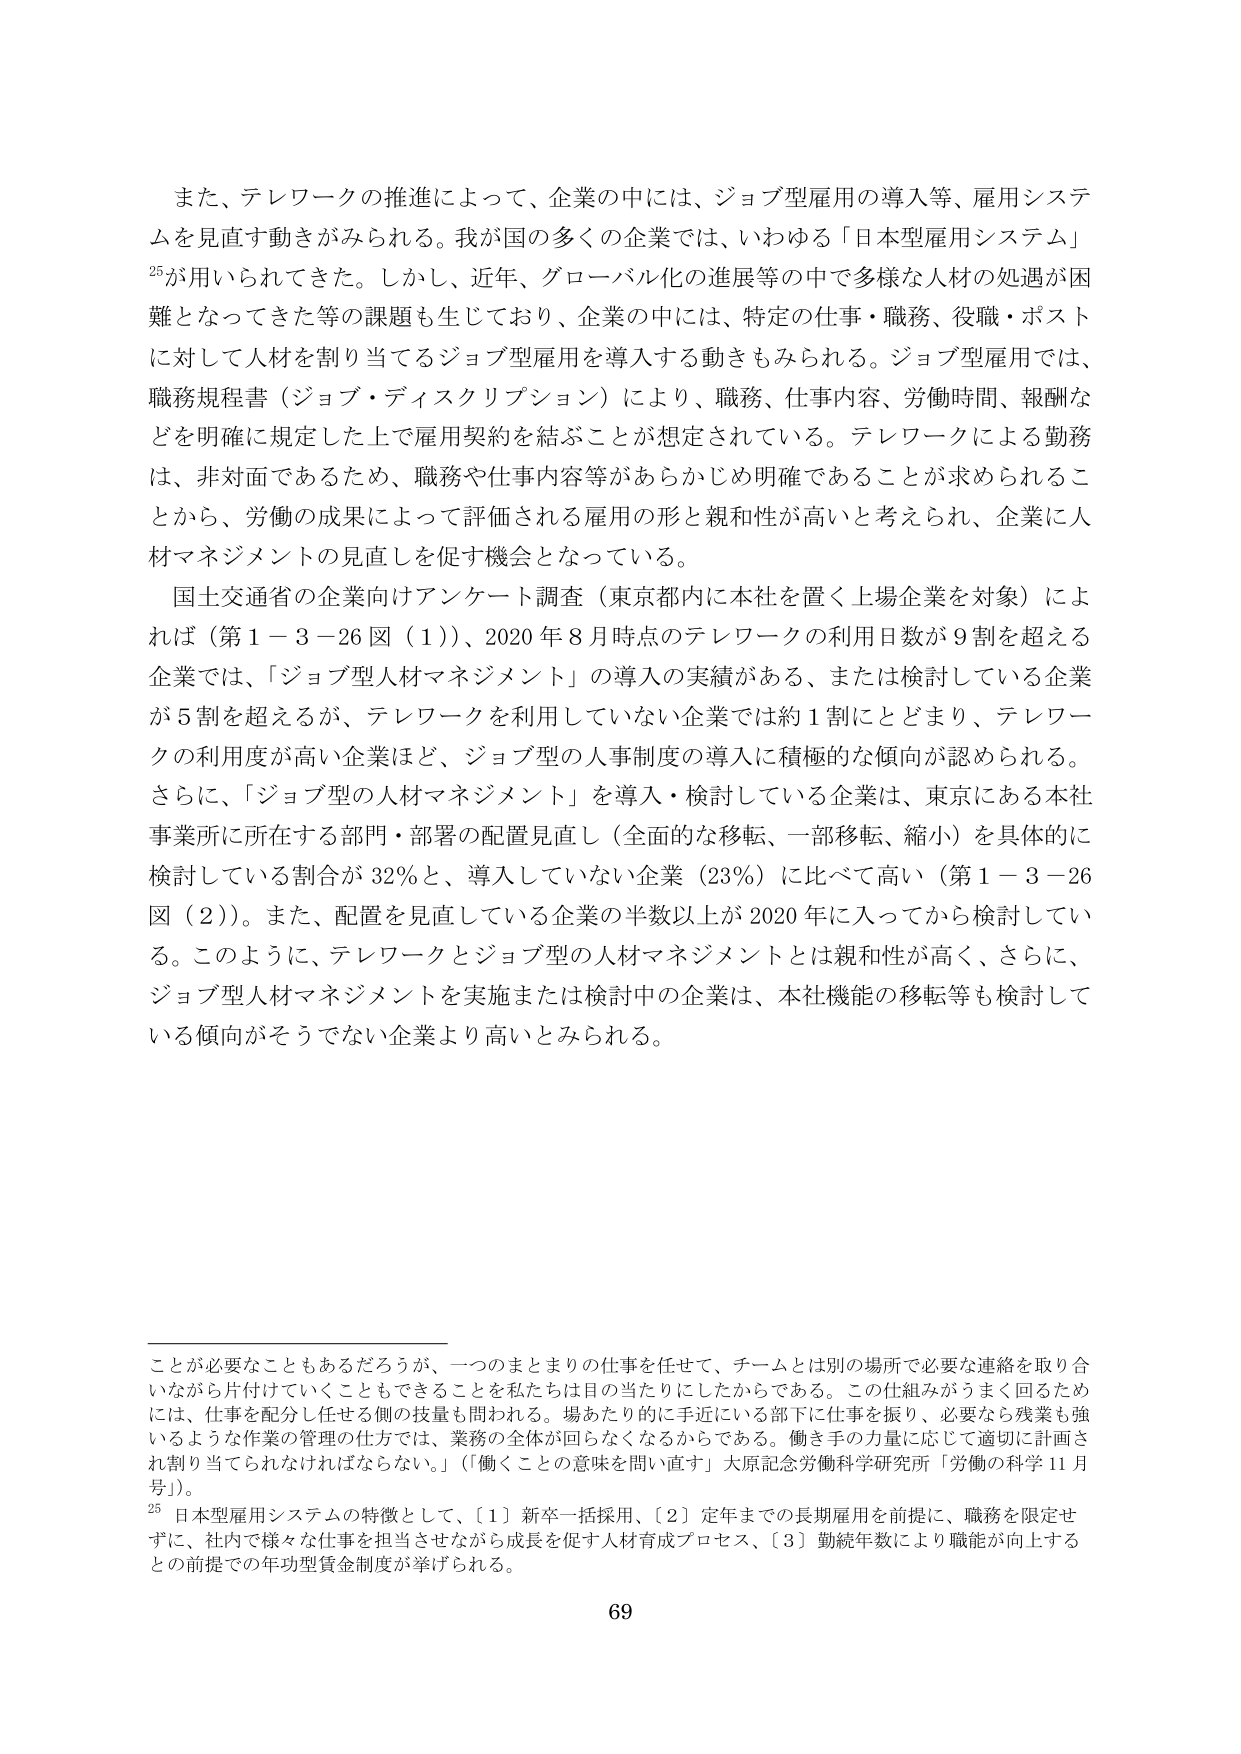
また、テレワークの推進によって、企業の中には、ジョブ型雇用の導入等、雇用システムを見直す動きがみられる。我が国の多くの企業では、いわゆる「日本型雇用システム」25が用いられてきた。しかし、近年、グローバル化の進展等の中で多様な人材の処遇が困難となってきた等の課題も生じており、企業の中には、特定の仕事・職務、役職・ポストに対して人材を割り当てるジョブ型雇用を導入する動きもみられる。ジョブ型雇用では、職務規程書（ジョブ・ディスクリプション）により、職務、仕事内容、労働時間、報酬などを明確に規定した上で雇用契約を結ぶことが想定されている。テレワークによる勤務は、非対面であるため、職務や仕事内容等があらかじめ明確であることが求められることから、労働の成果によって評価される雇用の形と親和性が高いと考えられ、企業に人材マネジメントの見直しを促す機会となっている。

国土交通省の企業向けアンケート調査（東京都内に本社を置く上場企業を対象）によれば（第1－3－26図（1））、2020年8月時点のテレワークの利用日数が9割を超える企業では、「ジョブ型人材マネジメント」の導入の実績がある、または検討している企業が5割を超えるが、テレワークを利用していない企業では約1割にとどまり、テレワークの利用度が高い企業ほど、ジョブ型の人事制度の導入に積極的な傾向が認められる。さらに、「ジョブ型の人材マネジメント」を導入・検討している企業は、東京にある本社事業所に所在する部門・部署の配置見直し（全面的な移転、一部移転、縮小）を具体的に検討している割合が32％と、導入していない企業（23％）に比べて高い（第1－3－26図（2））。また、配置を見直している企業の半数以上が2020年に入ってから検討している。このように、テレワークとジョブ型の人材マネジメントとは親和性が高く、さらに、ジョブ型人材マネジメントを実施または検討中の企業は、本社機能の移転等も検討している傾向がそうでない企業より高いとみられる。

ことが必要なこともあるだろうが、一つのまとまりの仕事を任せて、チームとは別の場所で必要な連絡を取り合いながら片付けていくこともできることを私たちは目の当たりにしたからである。この仕組みがうまく回るためには、仕事を配分し任せる側の技量も問われる。場あたり的に手近にいる部下に仕事を振り、必要なら残業も強いような作業の管理の仕方では、業務の全体が回らなくなるからである。働き手の力量に応じて適切に計画され割り当てられなければならない。」「働くことの意味を問い直す」大原記念労働科学研究所「労働の科学 11月号」。

25 日本型雇用システムの特徴として、〔1〕新卒一括採用、〔2〕定年までの長期雇用を前提に、職務を限定せずに、社内で様々な仕事を担当させながら成長を促す人材育成プロセス、〔3〕勤続年数により職能が向上するとの前提での年功型賃金制度が挙げられる。

69